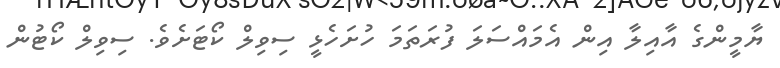
ޔާމީންގެ އާއިލާ އިން އެމައްސަލަ ފުރަތަމަ ހުށަހެޅީ ސިވިލް ކޯޓަށެވެ. ސިވިލް ކޯޓުން